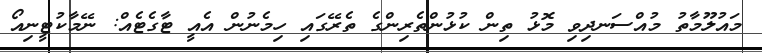
މައުލޫމާތު މުއްސަނދިވި މޮޅު ތިން ކުޅުންތެރިންގެ ތެރޭގައި ހިމެނުން އެއީ ޓާގެޓެއް: ނޭމާކުޓީނިއޯ